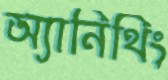
অ্যানিথিং